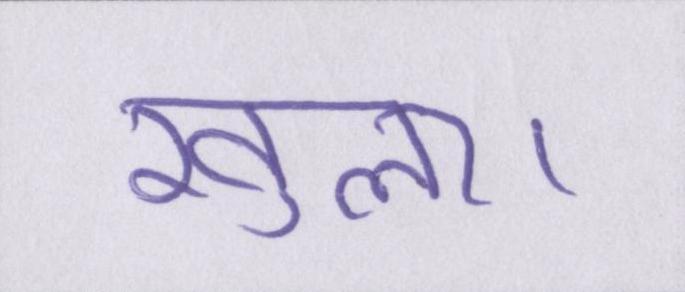
खुला।